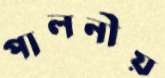
পালনীয়